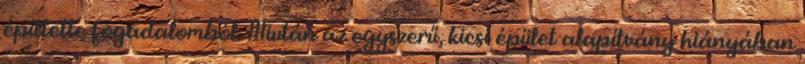
építtette fogadalomból. Miután az egyszerű, kicsi épület alapítvány hiányában